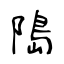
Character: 﨩